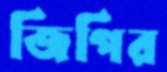
জিপির